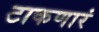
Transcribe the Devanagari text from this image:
टाकणारं